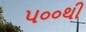
૫૦૦થી